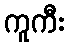
ကူကီး